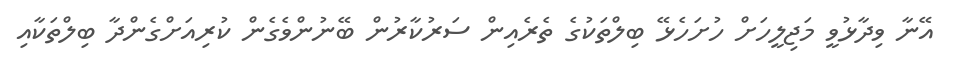
އޭނާ ވިދާޅުވީ މަޖިލީހަށް ހުށަހެޅޭ ބިލްތަކުގެ ތެރެއިން ސަރުކާރުން ބޭނުންވެގެން ކުރިއަށްގެންދާ ބިލްތަކާއި